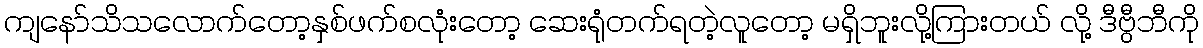
ကျနော်သိသလောက်တော့နှစ်ဖက်စလုံးတော့ ဆေးရုံတက်ရတဲ့လူတော့ မရှိဘူးလို့ကြားတယ် လို့ ဒီဗွီဘီကို